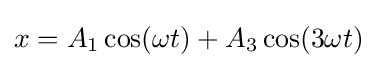
x=A_{1}\cos(\omega t)+A_{3}\cos(3\omega t)